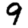
Digit: 9